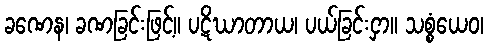
ခဏေန၊ ခဏခြင်းဖြင့်။ ပဋိဃာတာယ၊ ပယ်ခြင်းငှာ။ သစ္စံယေဝ၊